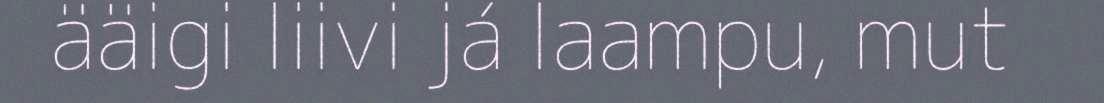
ääigi liivi já laampu, mut